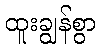
ထူးချွန်စွာ